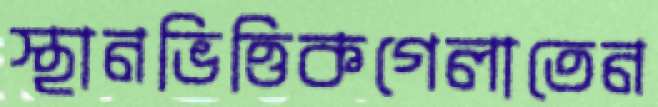
স্থানভিত্তিকগেলাতেন